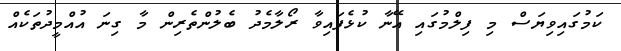
ކަމުގައިވިޔަސް މި ފިލްމުގައި އޭނާ ކުޅެފައިވާ ރޯލާމެދު ބެލުންތެރިން މާ ގިނަ އުއްމީދުތަކެއް